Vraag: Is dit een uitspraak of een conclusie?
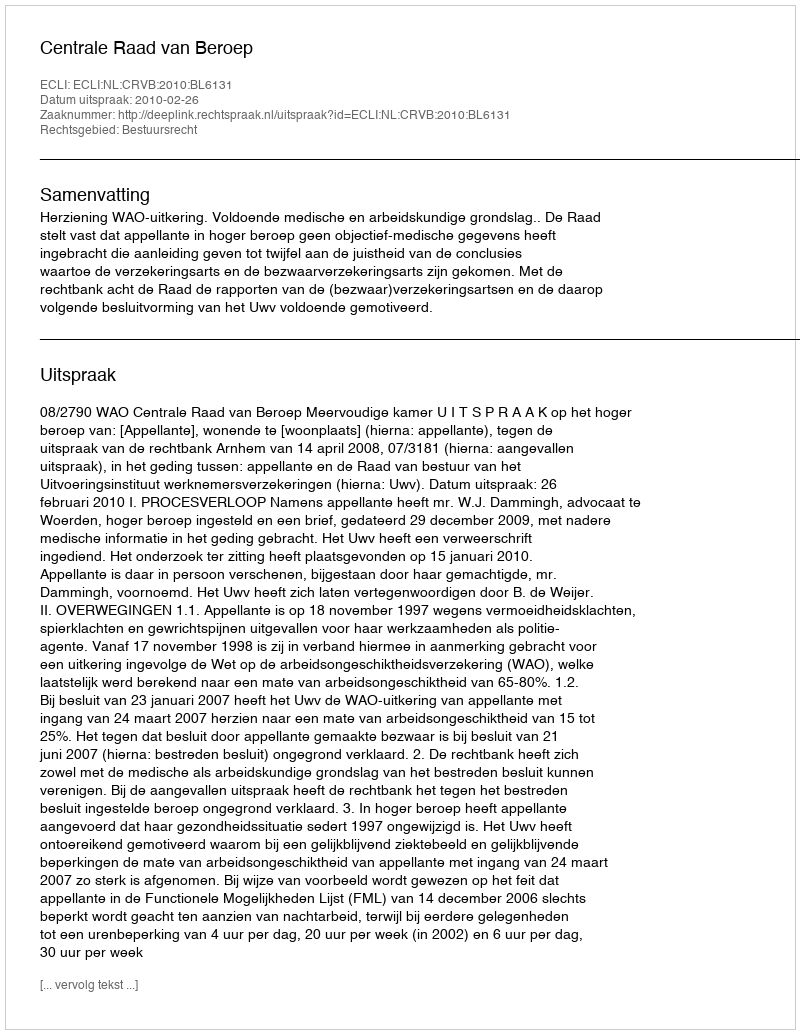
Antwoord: Uitspraak